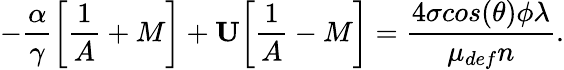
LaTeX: -\frac{\alpha}{\gamma}\bigg[\frac{1}{A}+M\bigg]+\textbf{U}\bigg[\frac{1}{A}-M\bigg]=\frac{4\sigma cos(\theta)\phi\lambda}{\mu_{def}n}.